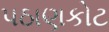
પઠાણકોટ